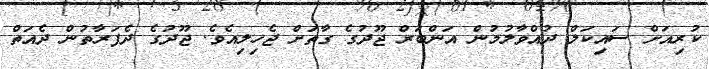
ކުރިއަށް ސައިކަލް ދުއްވާލުމުން އަންބަރް ޖޫދުގެ ގާތަށް ޖެހިލިއެވެ. ޖޫދުގެ ދެފަރާތުން ދެއަތް